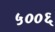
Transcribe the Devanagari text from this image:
५००६